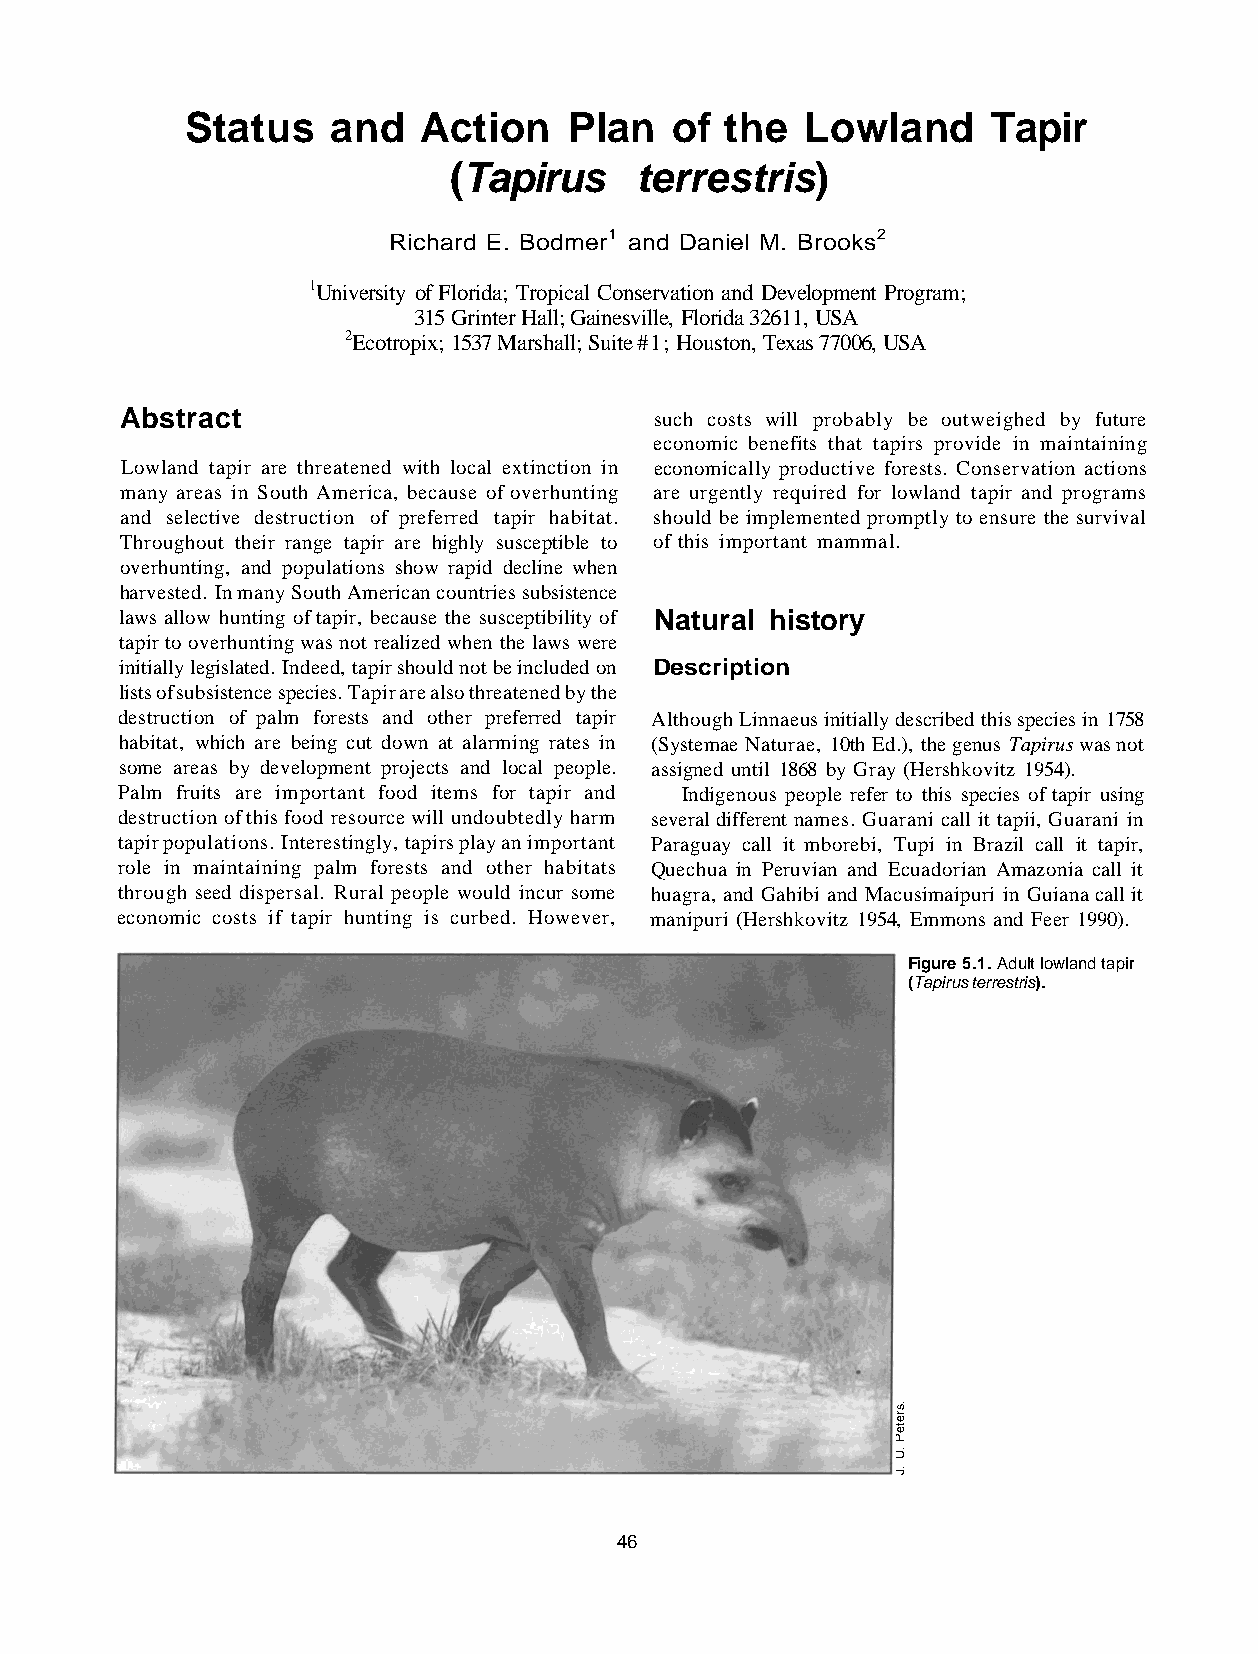
Status    and   Action    Plan  of  the  Lowland     Tapir
 (Tapirus    terrestris)
 Richard E. Bodmer1 and Daniel M. Brooks2
 1University of Florida; Tropical Conservation and Development Program;
 315 Grinter Hall; Gainesville, Florida 32611, USA
 2Ecotropix; 1537 Marshall; Suite #1; Houston, Texas 77006, USA
 Abstract                           such costs will probably be outweighed by future
 economic benefits that tapirs provide in maintaining
 Lowland tapir are threatened with local extinction in economically productive forests. Conservation actions
 many areas in South America, because of overhunting are urgently required for lowland tapir and programs
 and selective destruction of preferred tapir habitat. should be implemented promptly to ensure the survival
 Throughout their range tapir are highly susceptible to of this important mammal.
 overhunting, and populations show rapid decline when
 harvested. In many South American countries subsistence
 laws allow hunting of tapir, because the susceptibility of Natural history
 tapir to overhunting was not realized when the laws were
 initially legislated. Indeed, tapir should not be included on Description
 lists of subsistence species. Tapir are also threatened by the
 destruction of palm forests and other preferred tapir Although Linnaeus initially described this species in 1758
 habitat, which are being cut down at alarming rates in (Systemae Naturae, 10th Ed.), the genus Tapirus was not
 some areas by development projects and local people. assigned until 1868 by Gray (Hershkovitz 1954).
 Palm fruits are important food items for tapir and Indigenous people refer to this species of tapir using
 destruction of this food resource will undoubtedly harm several different names. Guarani call it tapii, Guarani in
 tapir populations. Interestingly, tapirs play an important Paraguay call it mborebi, Tupi in Brazil call it tapir,
 role in maintaining palm forests and other habitats Quechua in Peruvian and Ecuadorian Amazonia call it
 through seed dispersal. Rural people would incur some huagra, and Gahibi and Macusimaipuri in Guiana call it
 economic costs if tapir hunting is curbed. However, manipuri (Hershkovitz 1954, Emmons and Feer 1990).
 Figure 5.1. Adult lowland tapir
 (Tapirus terrestris).
 46
 .sreteP
 .U
 .J